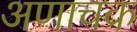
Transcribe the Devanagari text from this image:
अणाचक